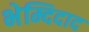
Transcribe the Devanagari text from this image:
भेम्दिदाद